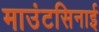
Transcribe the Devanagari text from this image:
माउंटसिनाई